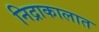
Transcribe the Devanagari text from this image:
निद्राकालात